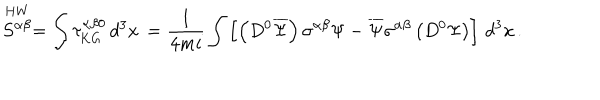
LaTeX: \stackrel { \mathrm { H W } } { S ^ { \alpha \beta } } = \int \tau _ { \mathrm { K G } } ^ { \alpha \beta 0 } \, d ^ { 3 } x \, = \frac { 1 } { 4 m i } \int \left[ \left( D ^ { 0 } \overline { { { \Psi } } } \right) \sigma ^ { \alpha \beta } \Psi - \overline { { { \Psi } } } \sigma ^ { \alpha \beta } \left( D ^ { 0 } \Psi \right) \right] \, d ^ { 3 } x \, .